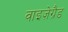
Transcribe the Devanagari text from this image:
वाइज़ेग्रैड